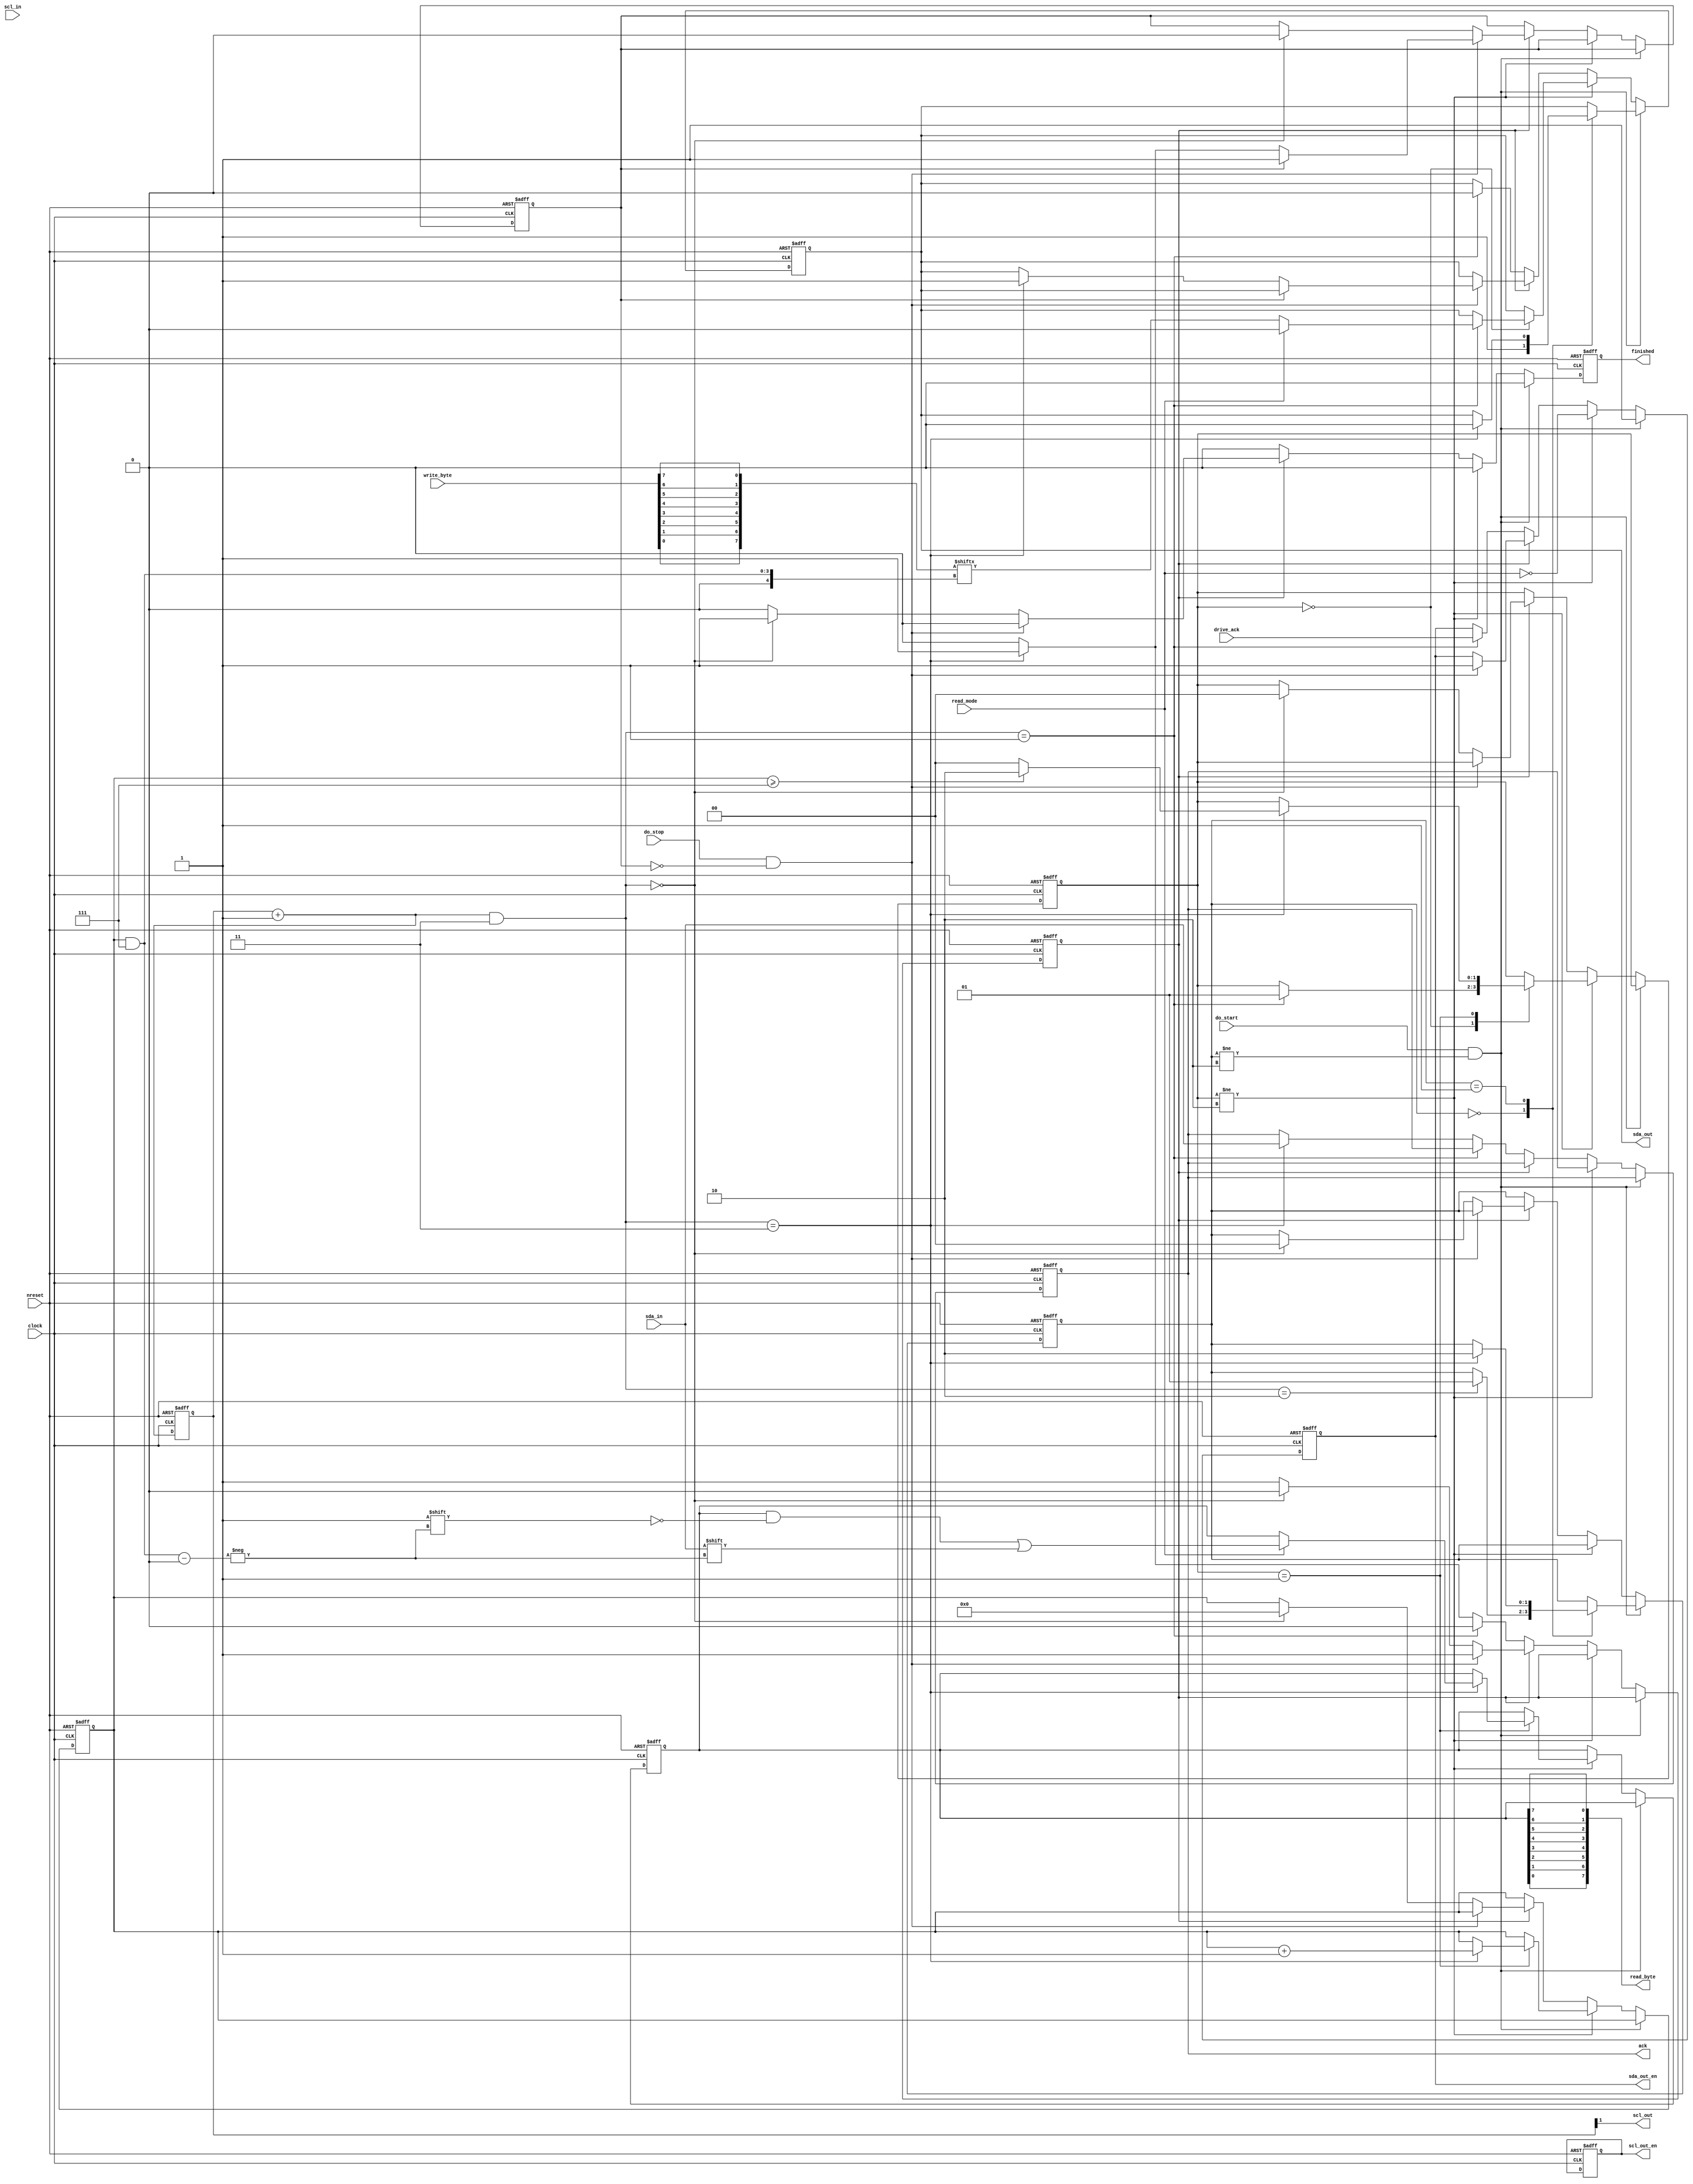
module i2c_module(clock, nreset,
		  scl_out, scl_out_en, scl_in,
		  sda_out, sda_out_en, sda_in,
		  write_byte, read_byte, read_mode,
		  ack, drive_ack,
		  do_start, do_stop,
		  finished);
	input clock;
	input nreset;
	output scl_out;
	output scl_out_en;
	input scl_in;
	output sda_out;
	output sda_out_en;
	input sda_in;
	input [7:0] write_byte;
	output [7:0] read_byte;
	input read_mode;
	output ack;
	input drive_ack;
	input do_start;
	input do_stop;
	output finished;

	reg [1:0] start_state;
	reg [1:0] data_state;
	reg [0:0] ack_state;
	reg [0:0] stop_state;
	reg [3:0] bit_index;

	reg sda_out_reg;
	reg sda_out_en_reg;
	reg [1:0] scl_out_reg;
	reg scl_out_en_reg;
	reg scl_running;
	reg [7:0] read_byte_reg;
	reg ack_reg;
	reg finished_reg;

	wire [1:0] scl_pos;
	assign scl_pos = (scl_out_reg + 1) & 3;
	parameter SCL_HILO	= 0;
	parameter SCL_LO	= 1;
	parameter SCL_LOHI	= 2;
	parameter SCL_HI	= 3;

	wire [7:0] write_byte_wire;
	assign write_byte_wire[0] = write_byte[7];
	assign write_byte_wire[1] = write_byte[6];
	assign write_byte_wire[2] = write_byte[5];
	assign write_byte_wire[3] = write_byte[4];
	assign write_byte_wire[4] = write_byte[3];
	assign write_byte_wire[5] = write_byte[2];
	assign write_byte_wire[6] = write_byte[1];
	assign write_byte_wire[7] = write_byte[0];
	assign read_byte[0] = read_byte_reg[7];
	assign read_byte[1] = read_byte_reg[6];
	assign read_byte[2] = read_byte_reg[5];
	assign read_byte[3] = read_byte_reg[4];
	assign read_byte[4] = read_byte_reg[3];
	assign read_byte[5] = read_byte_reg[2];
	assign read_byte[6] = read_byte_reg[1];
	assign read_byte[7] = read_byte_reg[0];
	assign sda_out = sda_out_reg;
	assign sda_out_en = sda_out_en_reg;
	assign scl_out = scl_out_reg[1];
	assign scl_out_en = scl_out_en_reg;
	assign ack = ack_reg;
	assign finished = finished_reg;

	initial begin
		start_state <= 0;
		data_state <= 0;
		ack_state <= 0;
		stop_state <= 0;
		bit_index <= 0;

		sda_out_reg <= 1;
		sda_out_en_reg <= 0;
		scl_out_reg <= SCL_HI;
		scl_out_en_reg <= 1;
		scl_running <= 0;
		read_byte_reg <= 0;
		ack_reg <= 0;
		finished_reg <= 0;
	end

//TODO clock stretching

	always @(posedge clock or negedge nreset) begin
		if (nreset == 0) begin
			/* Reset */
			start_state <= 0;
			data_state <= 0;
			ack_state <= 0;
			stop_state <= 0;

			bit_index <= 0;

			sda_out_reg <= 1;
			sda_out_en_reg <= 0;
			scl_out_reg <= SCL_HI;
			scl_out_en_reg <= 1;
			scl_running <= 0;
			read_byte_reg <= 0;
			ack_reg <= 0;

			finished_reg <= 0;
		end else begin

//			if (scl_running) begin
				scl_out_reg <= scl_out_reg + 1;
//			end else begin
//				scl_out_reg <= SCL_HI;
//			end

			if (do_start && start_state != 2) begin
				/* Send start condition */
				finished_reg <= 0;
				scl_running <= 1;
				sda_out_en_reg <= 1;
				case (start_state)
				0: begin
					/* Begin with SDA=hi */
					sda_out_reg <= 1;
					if (scl_pos == SCL_LOHI) begin
						start_state <= 1;
					end
				end
				1: begin
					/* Start condition latch */
					if (scl_pos == SCL_HI) begin
						sda_out_reg <= 0;
						start_state <= 2;
					end
				end
				endcase
			end else if (data_state != 2) begin
				/* Data transfer */
				finished_reg <= 0;
				scl_running <= 1;
				sda_out_en_reg <= !read_mode;
				case (data_state)
				0: begin
					if (scl_pos == SCL_LO) begin
						if (read_mode) begin
							sda_out_reg <= 0;
						end else begin
							sda_out_reg <= write_byte_wire[bit_index & 7];
						end
						data_state <= 1;
					end
				end
				1: begin
					if (scl_pos == SCL_HI) begin
						bit_index <= bit_index + 1;
						if (read_mode) begin
							read_byte_reg[bit_index & 7] <= sda_in;
						end
						if (bit_index >= 7) begin
							data_state <= 2;
						end else begin
							data_state <= 0;
						end
					end
				end
				endcase
			end else if (ack_state != 1) begin
				/* Read ACK bit */
				finished_reg <= 0;
				scl_running <= 1;
				case (ack_state)
				0: begin
					if (scl_pos == SCL_LO) begin
						sda_out_en_reg <= drive_ack;
						sda_out_reg <= 0;
					end else if (scl_pos == SCL_HI) begin
						ack_reg <= sda_in;
						ack_state <= 1;
					end
				end
				endcase
			end else if (do_stop && stop_state != 1) begin
				/* Send stop condition */
				finished_reg <= 0;
				sda_out_en_reg <= 1;
				case (stop_state)
				0: begin
					if (scl_pos == SCL_HI) begin
						sda_out_reg <= 1;
						stop_state <= 1;
					end
				end
				endcase
			end else begin
				if (scl_pos == SCL_HILO) begin
					start_state <= 0;
					data_state <= 0;
					ack_state <= 0;
					stop_state <= 0;

					bit_index <= 0;

					finished_reg <= 1;
//					scl_running <= 0;
				end else begin
					finished_reg <= 0;
				end
			end
		end
	end
endmodule